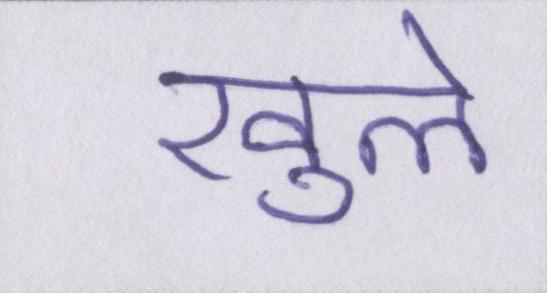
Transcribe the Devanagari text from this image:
खुले